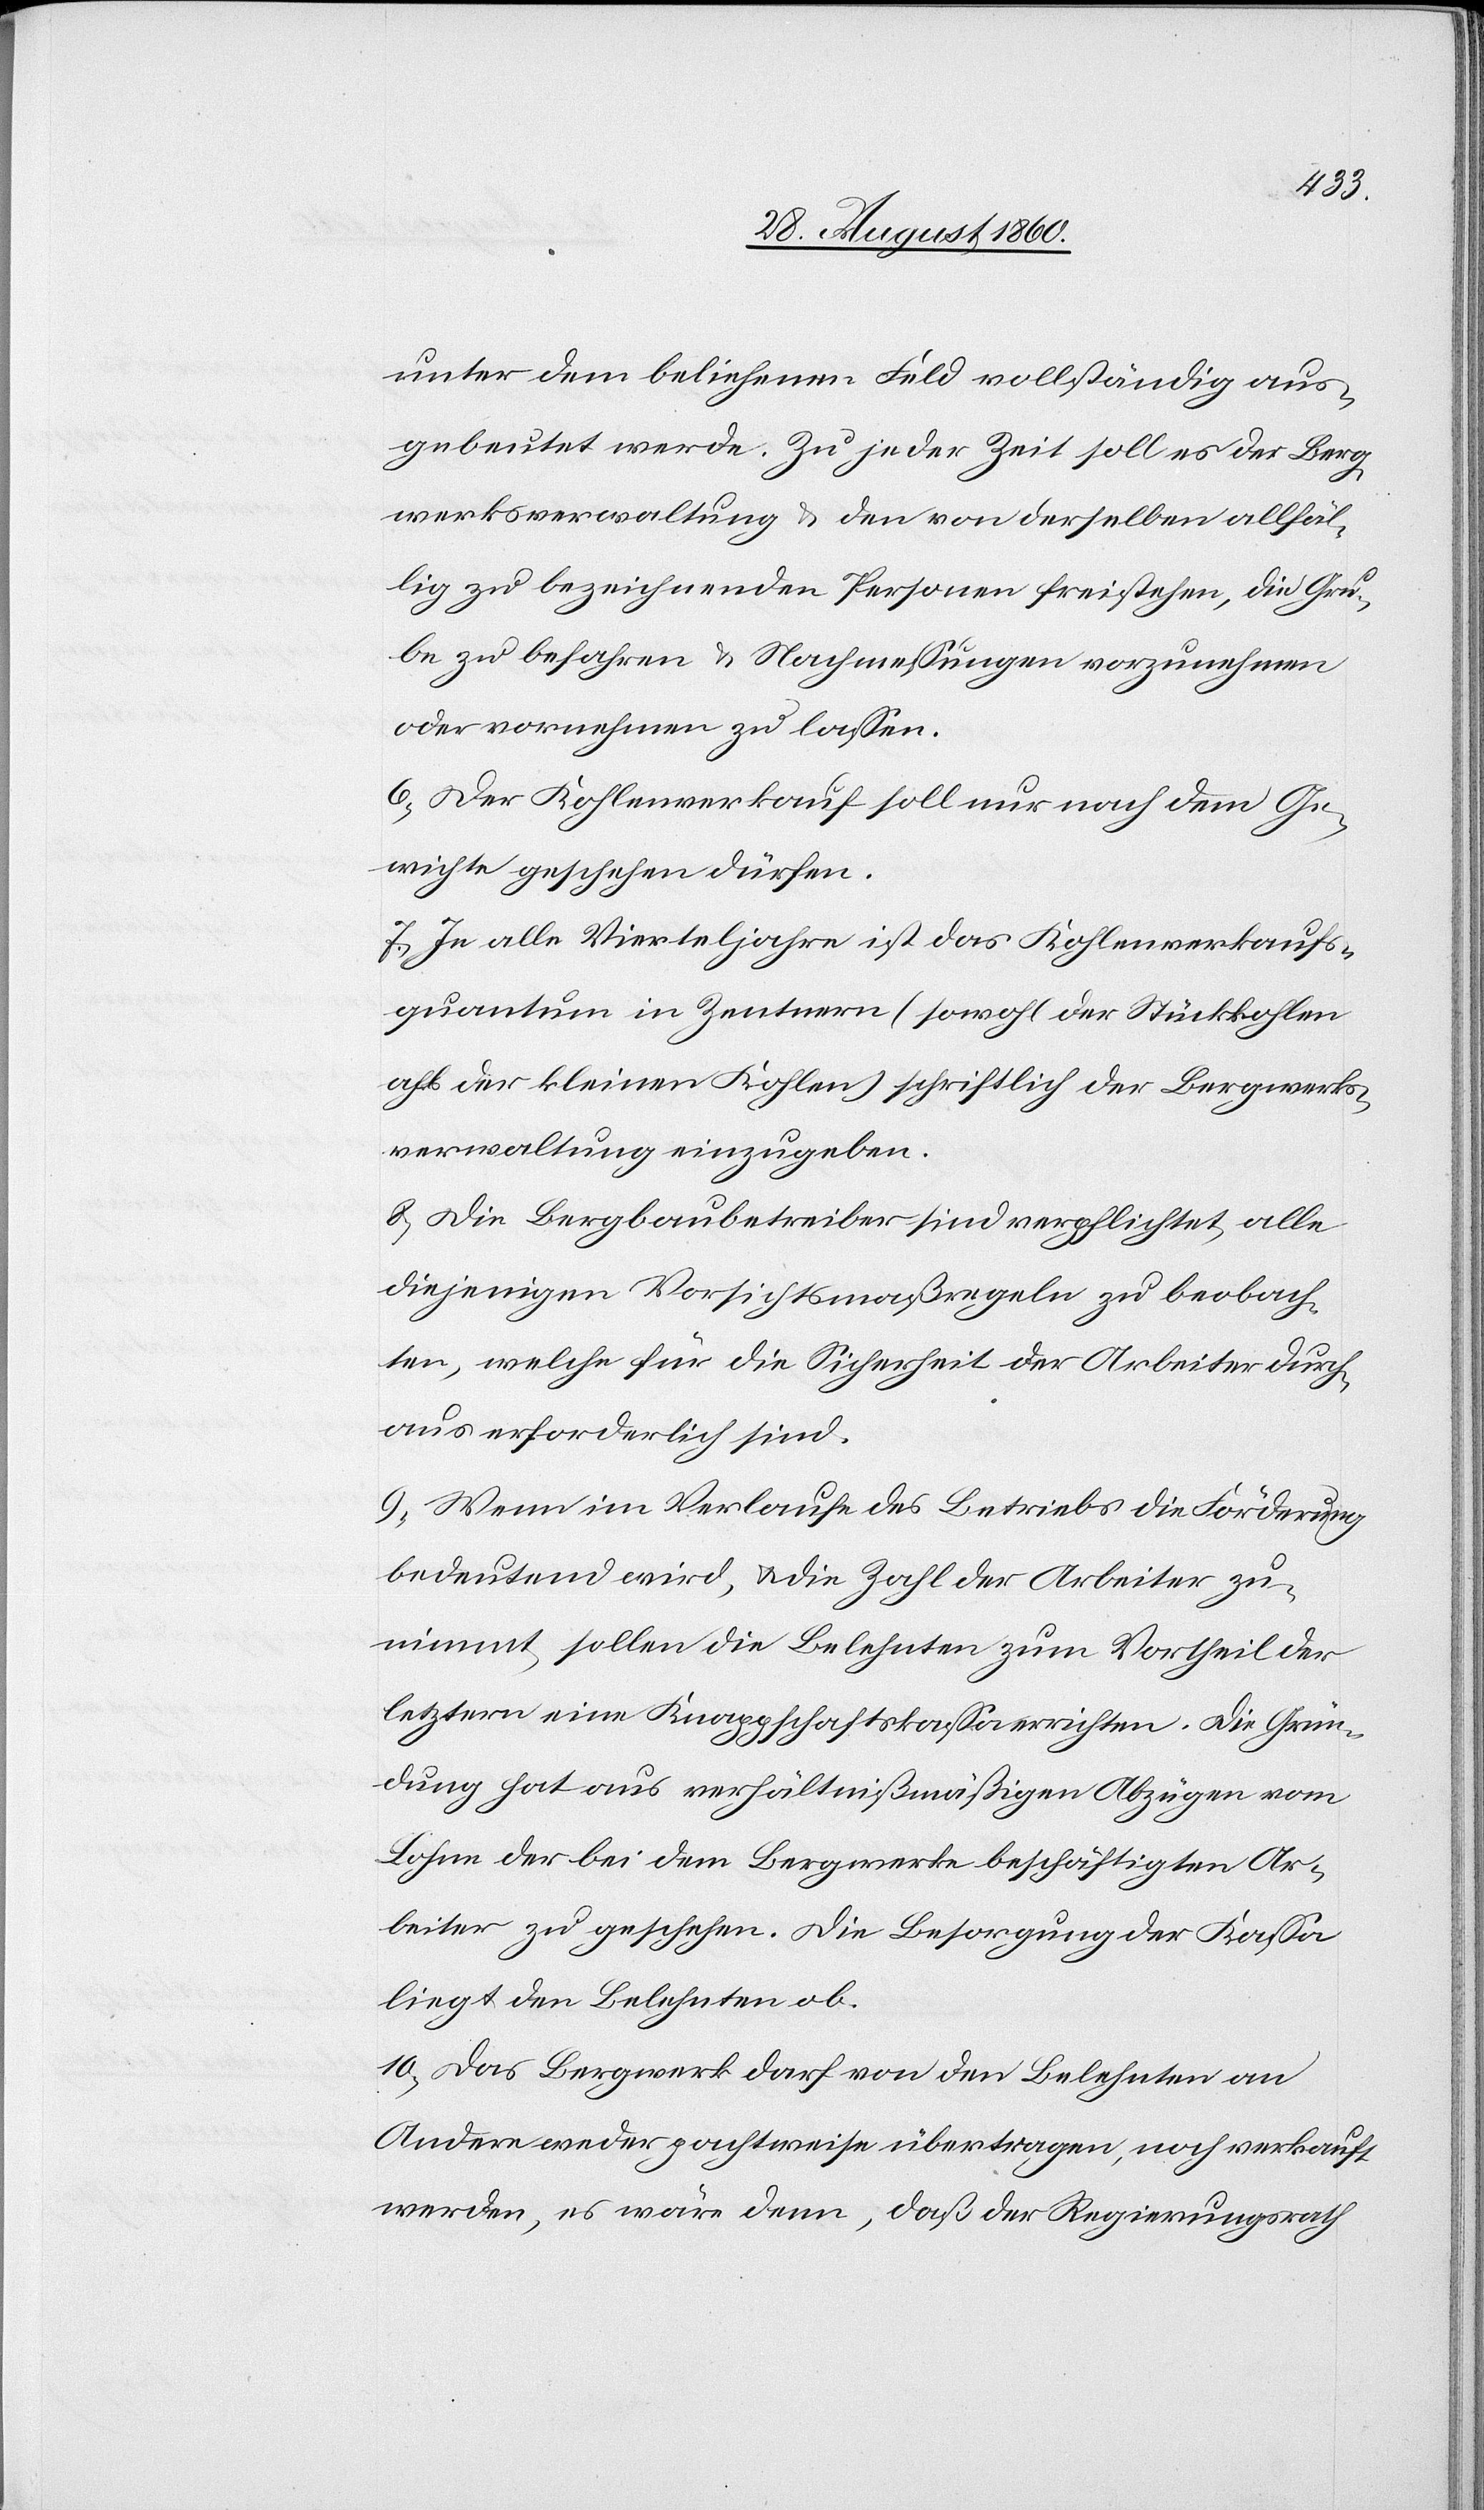
unter dem beliehenen Feld vollständig aus¬
gebeutet werde. Zu jeder Zeit soll es der Berg¬
werksverwaltung u. den von derselben allfäl¬
lig zu bezeichnenden Personen freistehen, die Gru¬
be zu befahren u. Nachmessungen vorzunehmen
oder vornehmen zu lassen.
6. Der Kohlen-Verkauf soll nur nach dem Ge¬
wichte geschehen dürfen.
7. Je alle Vierteljahre ist das Kohlenverkaufs¬
quantum in Centnern (sowohl der Stückkohlen
als der kleinen Kohlen) schriftlich der Bergwerks¬
verwaltung einzugeben.
8. Die Bergbaubetreiber sind verpflichtet, alle
diejenigen Vorsichtsmassregeln zu beobach¬
ten, welche für die Sicherheit der Arbeiter durch¬
aus erforderlich sind.
9. Wenn im Verlaufe des Betriebs die Förderung
bedeutend wird u. die Zahl der Arbeiter zu¬
nimmt, sollen die Belehnten zum Vortheil der
letztern eine Knappschaftskassa errichten. Die Grün¬
dung hat aus verhältnissmässigen Abzügen vom
Lohne der bei dem Bergwerke beschäftigten Ar¬
beiter zu geschehen. Die Besorgung der Cassa
liegt den Belehnten ob.
10. Das Bergwerk darf von den Belehnten an
Andere weder pachtweise übertragen, noch verkauft
werden, – es wäre denn, dass der Regierungsrath